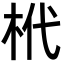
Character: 㭖